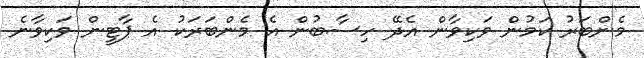
މެންބަރު ކަމުން ވަކިވާން އެދޭ ހިސާބުން އެ މެންބަރަކު އެ ޕާޓީން ވަކިވާނެ